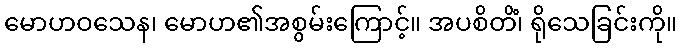
မောဟဝသေန၊ မောဟ၏အစွမ်းကြောင့်။ အပစိတိံ၊ ရိုသေခြင်းကို။